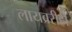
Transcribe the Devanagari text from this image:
लायब्ररीही